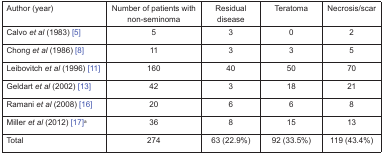
<table><thead><tr><td><b>Author (year)</b></td><td><b>Number of patients with non-seminoma</b></td><td><b>Residual disease</b></td><td><b>Teratoma</b></td><td><b>Necrosis/scar</b></td></tr></thead><tbody><tr><td>Calvo <i>et al</i> (1983) [5]</td><td>5</td><td>3</td><td>0</td><td>2</td></tr><tr><td>Chong <i>et al</i> (1986) [8]</td><td>11</td><td>3</td><td>3</td><td>5</td></tr><tr><td>Leibovitch <i>et al</i> (1996) [11]</td><td>160</td><td>40</td><td>50</td><td>70</td></tr><tr><td>Geldart <i>et al</i> (2002) [13]</td><td>42</td><td>3</td><td>18</td><td>21</td></tr><tr><td>Ramani <i>et al</i> (2008) [16]</td><td>20</td><td>6</td><td>6</td><td>8</td></tr><tr><td>Miller <i>et al</i> (2012) [17]<sup>a</sup></td><td>36</td><td>8</td><td>15</td><td>13</td></tr><tr><td>Total</td><td>274</td><td>63 (22.9%)</td><td>92 (33.5%)</td><td>119 (43.4%)</td></tr></tbody></table>